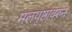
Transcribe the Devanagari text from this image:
मलपृष्ठावरुन